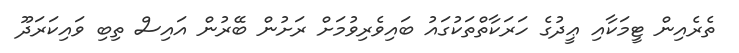
ތެރެއިން ޓީމަކާއި ޢީދުގެ ހަރަކާތްތަކުގައު ބައިވެރިވުމަށް ރަށުން ބޭރުން އައިސް ތިބި ވައިކަރަދޫ